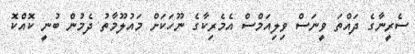
ސެރީނާގެ ދައްތަ ވީނަސް ވިލިއަމްސް އެމެރިކާގެ ނޫހަކަށް މައުލޫމާތު ދެމުން ބުނީ ކޮއްކޮ